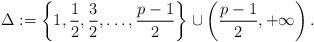
LaTeX: \begin{align*}\Delta:=\left\{1, \frac{1}{2},\frac{3}{2},\ldots, \frac{p-1}{2} \right\}\cup\left(\frac{p-1}{2}, +\infty\right).\end{align*}